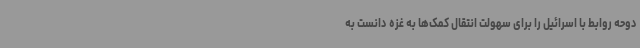
دوحه روابط با اسرائیل را برای سهولت انتقال کمک‌ها به غزه دانست به